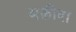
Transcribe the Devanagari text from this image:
अक़ीदा